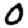
Digit: 0